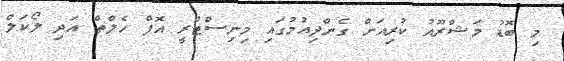
މި ބޮޑު މަޝްރޫއު ކުރިއަށް ގެންދިއުމުގައި މިނިސްޓްރީ އޮފް ހެލްތް އަދި ލޯކަލް